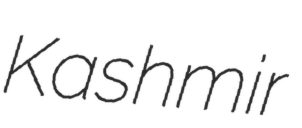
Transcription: Kashmir